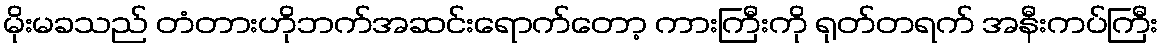
မိုးမခသည် တံတားဟိုဘက်အဆင်းရောက်တော့ ကားကြီးကို ရုတ်တရက် အနီးကပ်ကြီး